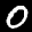
Label: 0